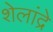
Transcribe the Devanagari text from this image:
शेलांद्रे